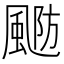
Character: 𱃂